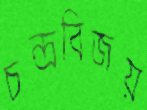
চন্দ্রবিজয়